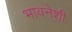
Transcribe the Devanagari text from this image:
भावनेशी